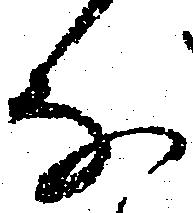
な